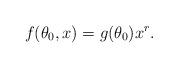
LaTeX: \begin{align*}f(\theta_0,x)= g(\theta_0)x^r. \end{align*}